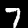
Label: 7